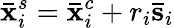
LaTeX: \mathbf{\bar{x}}_{i}^{s}=\mathbf{\bar{x}}_{i}^{c}+r_{i}\mathbf{\bar{s}}_{i}